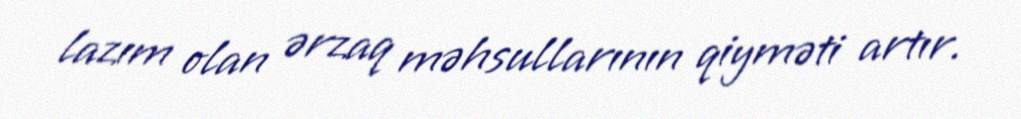
lazım olan ərzaq məhsullarının qiyməti artır.